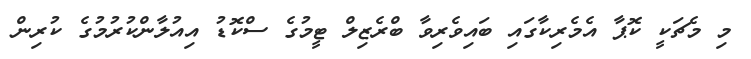
މި މެޗަކީ ކޮޕާ އެމެރިކާގައި ބައިވެރިވާ ބްރެޒިލް ޓީމުގެ ސްކޮޑު އިއުލާންކުރުމުގެ ކުރިން